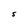
Character: S